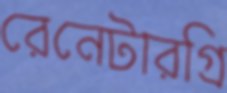
রেনেটারগ্রি